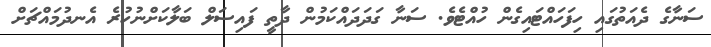
ސަނާގެ ދެއަތުގައި ހިފަހައްޓައިގެން ހުއްޓެވެ. ސަނާ ގަދަދައްކަމުން ދާތީ ފައިސަލް ބަލާކަށްނުހުރެ އެނދުމައްޗަށް